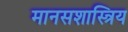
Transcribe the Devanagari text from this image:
मानसशास्त्रिय